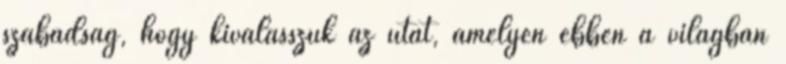
szabadság, hogy kiválasszuk az utat, amelyen ebben a világban